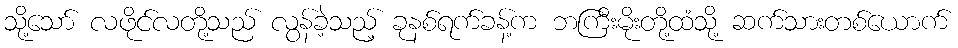
သို့သော် လဖိုင်လတို့သည် လွန်ခဲ့သည့် ခုနစ်ရက်ခန့်က ဘကြီးမိုးတို့ထံသို့ ဆက်သားတစ်ယောက်